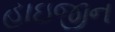
હાઇજીન